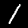
Label: 1